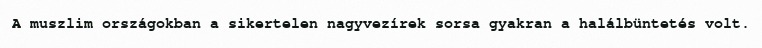
A muszlim országokban a sikertelen nagyvezírek sorsa gyakran a halálbüntetés volt.